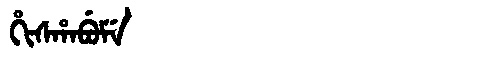
Manchu: ᡥᡳᠰᡥᠠᠪᡠᠮᡝ
Romanization: HISHABUME